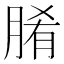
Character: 𮌞